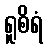
ရူစိရံ